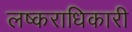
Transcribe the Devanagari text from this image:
लष्कराधिकारी